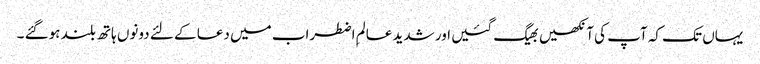
یہاں تک کہ آپ کی آنکھیں بھیگ گئیں اور شدید عالمِ اضطراب میں دعا کے لئے دونوں ہاتھ بلند ہوگئے ۔